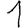
Digit: 1